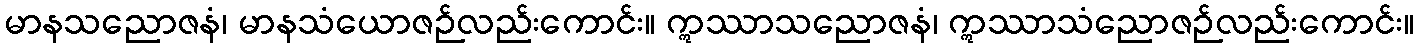
မာနသညောဇနံ၊ မာနသံယောဇဉ်လည်းကောင်း။ ဣဿာသညောဇနံ၊ ဣဿာသံညောဇဉ်လည်းကောင်း။